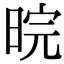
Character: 晥